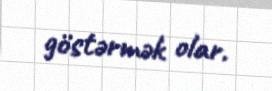
göstərmək olar.